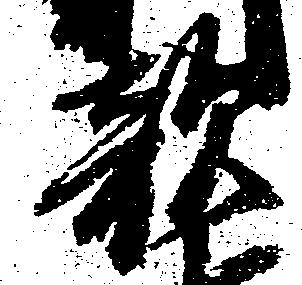
敵